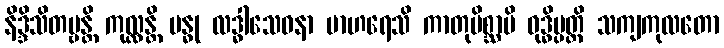
နိဒ္ဒိသိတဗ္ဗန္တိ ကုလ္လန္တိ ဗန္ဓု လဒ္ဓါသေဝနာ မာဟရေသိ ကာတုမိစ္ဆာမိ ဝုဒ္ဓိပ္ပတ္တိ သကျကုလတော